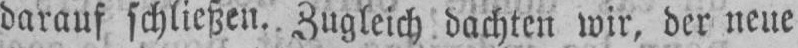
darauf schließen. Zugleich dachten wir, der neue